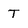
Character: T